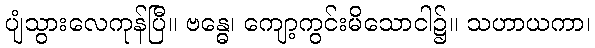
ပျံသွားလေကုန်ပြီ။ ဗန္ဓေ၊ ကျော့ကွင်းမိသောငါ၌။ သဟာယကာ၊